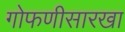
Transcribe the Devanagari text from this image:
गोफणीसारखा